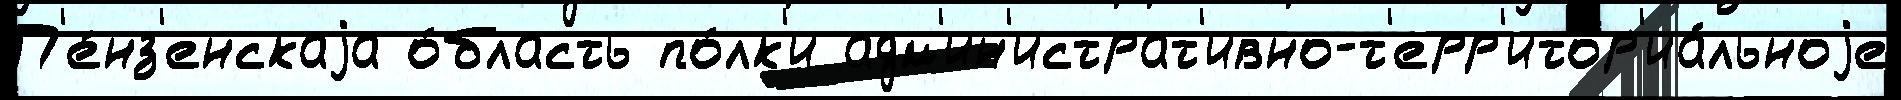
П'е́нз'енскаjа о́бласть по́лк'и адм'ин'истрат'ивно-т'ерр'итор'иа́льноjе